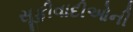
સૂફીવાદીઓની